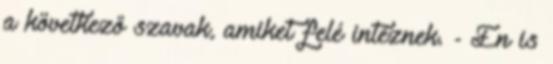
a következő szavak, amiket felé intéznek. - Én is